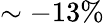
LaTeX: \sim-13\%